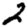
Digit: 2